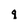
Character: q